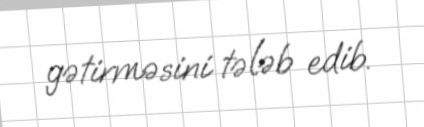
gətirməsini tələb edib.